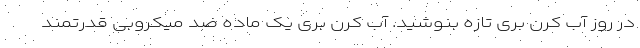
در روز آب کرن بری تازه بنوشید. آب کرن بری یک ماده ضد میکروبی قدرتمند